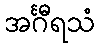
အင်္ဂီရသံ